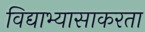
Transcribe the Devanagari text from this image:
विद्याभ्यासाकरता